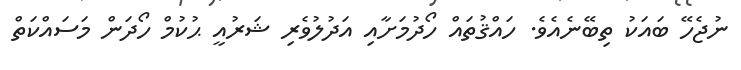
ނުޖެހޭ ބައަކު ތިބޭނެއެވެ. ހައްޤުތައް ހޯދުމަށާއި އަދުލުވެރި ޝަރުއީ ޙުކުމް ހޯދަން މަސައްކަތް